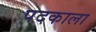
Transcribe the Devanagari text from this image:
पदकाला